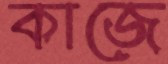
কাজে